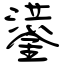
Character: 鍙